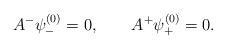
LaTeX: \begin{align*}A^-\psi^{(0)}_-=0, \qquad A^+\psi^{(0)}_+=0.\end{align*}